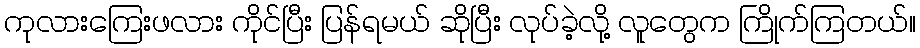
ကုလားကြေးဖလား ကိုင်ပြီး ပြန်ရမယ် ဆိုပြီး လုပ်ခဲ့လို့ လူတွေက ကြိုက်ကြတယ်။